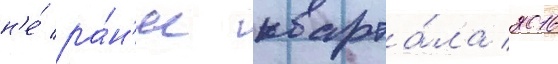
н'е́ ра́н'ее кварта́ла 2016